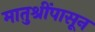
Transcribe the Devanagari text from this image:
मातुश्रींपासून